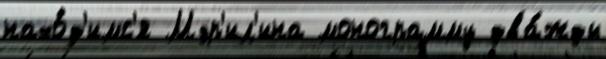
нахо́д'имс'я Мэр'ил'ина монограмму два́жды